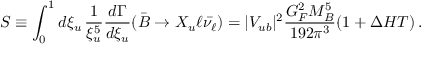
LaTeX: S \equiv \int _ { 0 } ^ { 1 } d \xi _ { u } \, \frac { 1 } { \xi _ { u } ^ { 5 } } \frac { d \Gamma } { d \xi _ { u } } ( \bar { B } \to X _ { u } \ell \bar { \nu _ { \ell } } ) = | V _ { u b } | ^ { 2 } \frac { G _ { F } ^ { 2 } M _ { B } ^ { 5 } } { 1 9 2 \pi ^ { 3 } } ( 1 + \Delta H T ) \, .